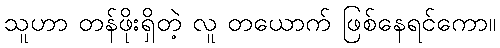
သူဟာ တန်ဖိုးရှိတဲ့ လူ တယောက် ဖြစ်နေရင်ကော။